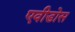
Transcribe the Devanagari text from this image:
एवीडोस